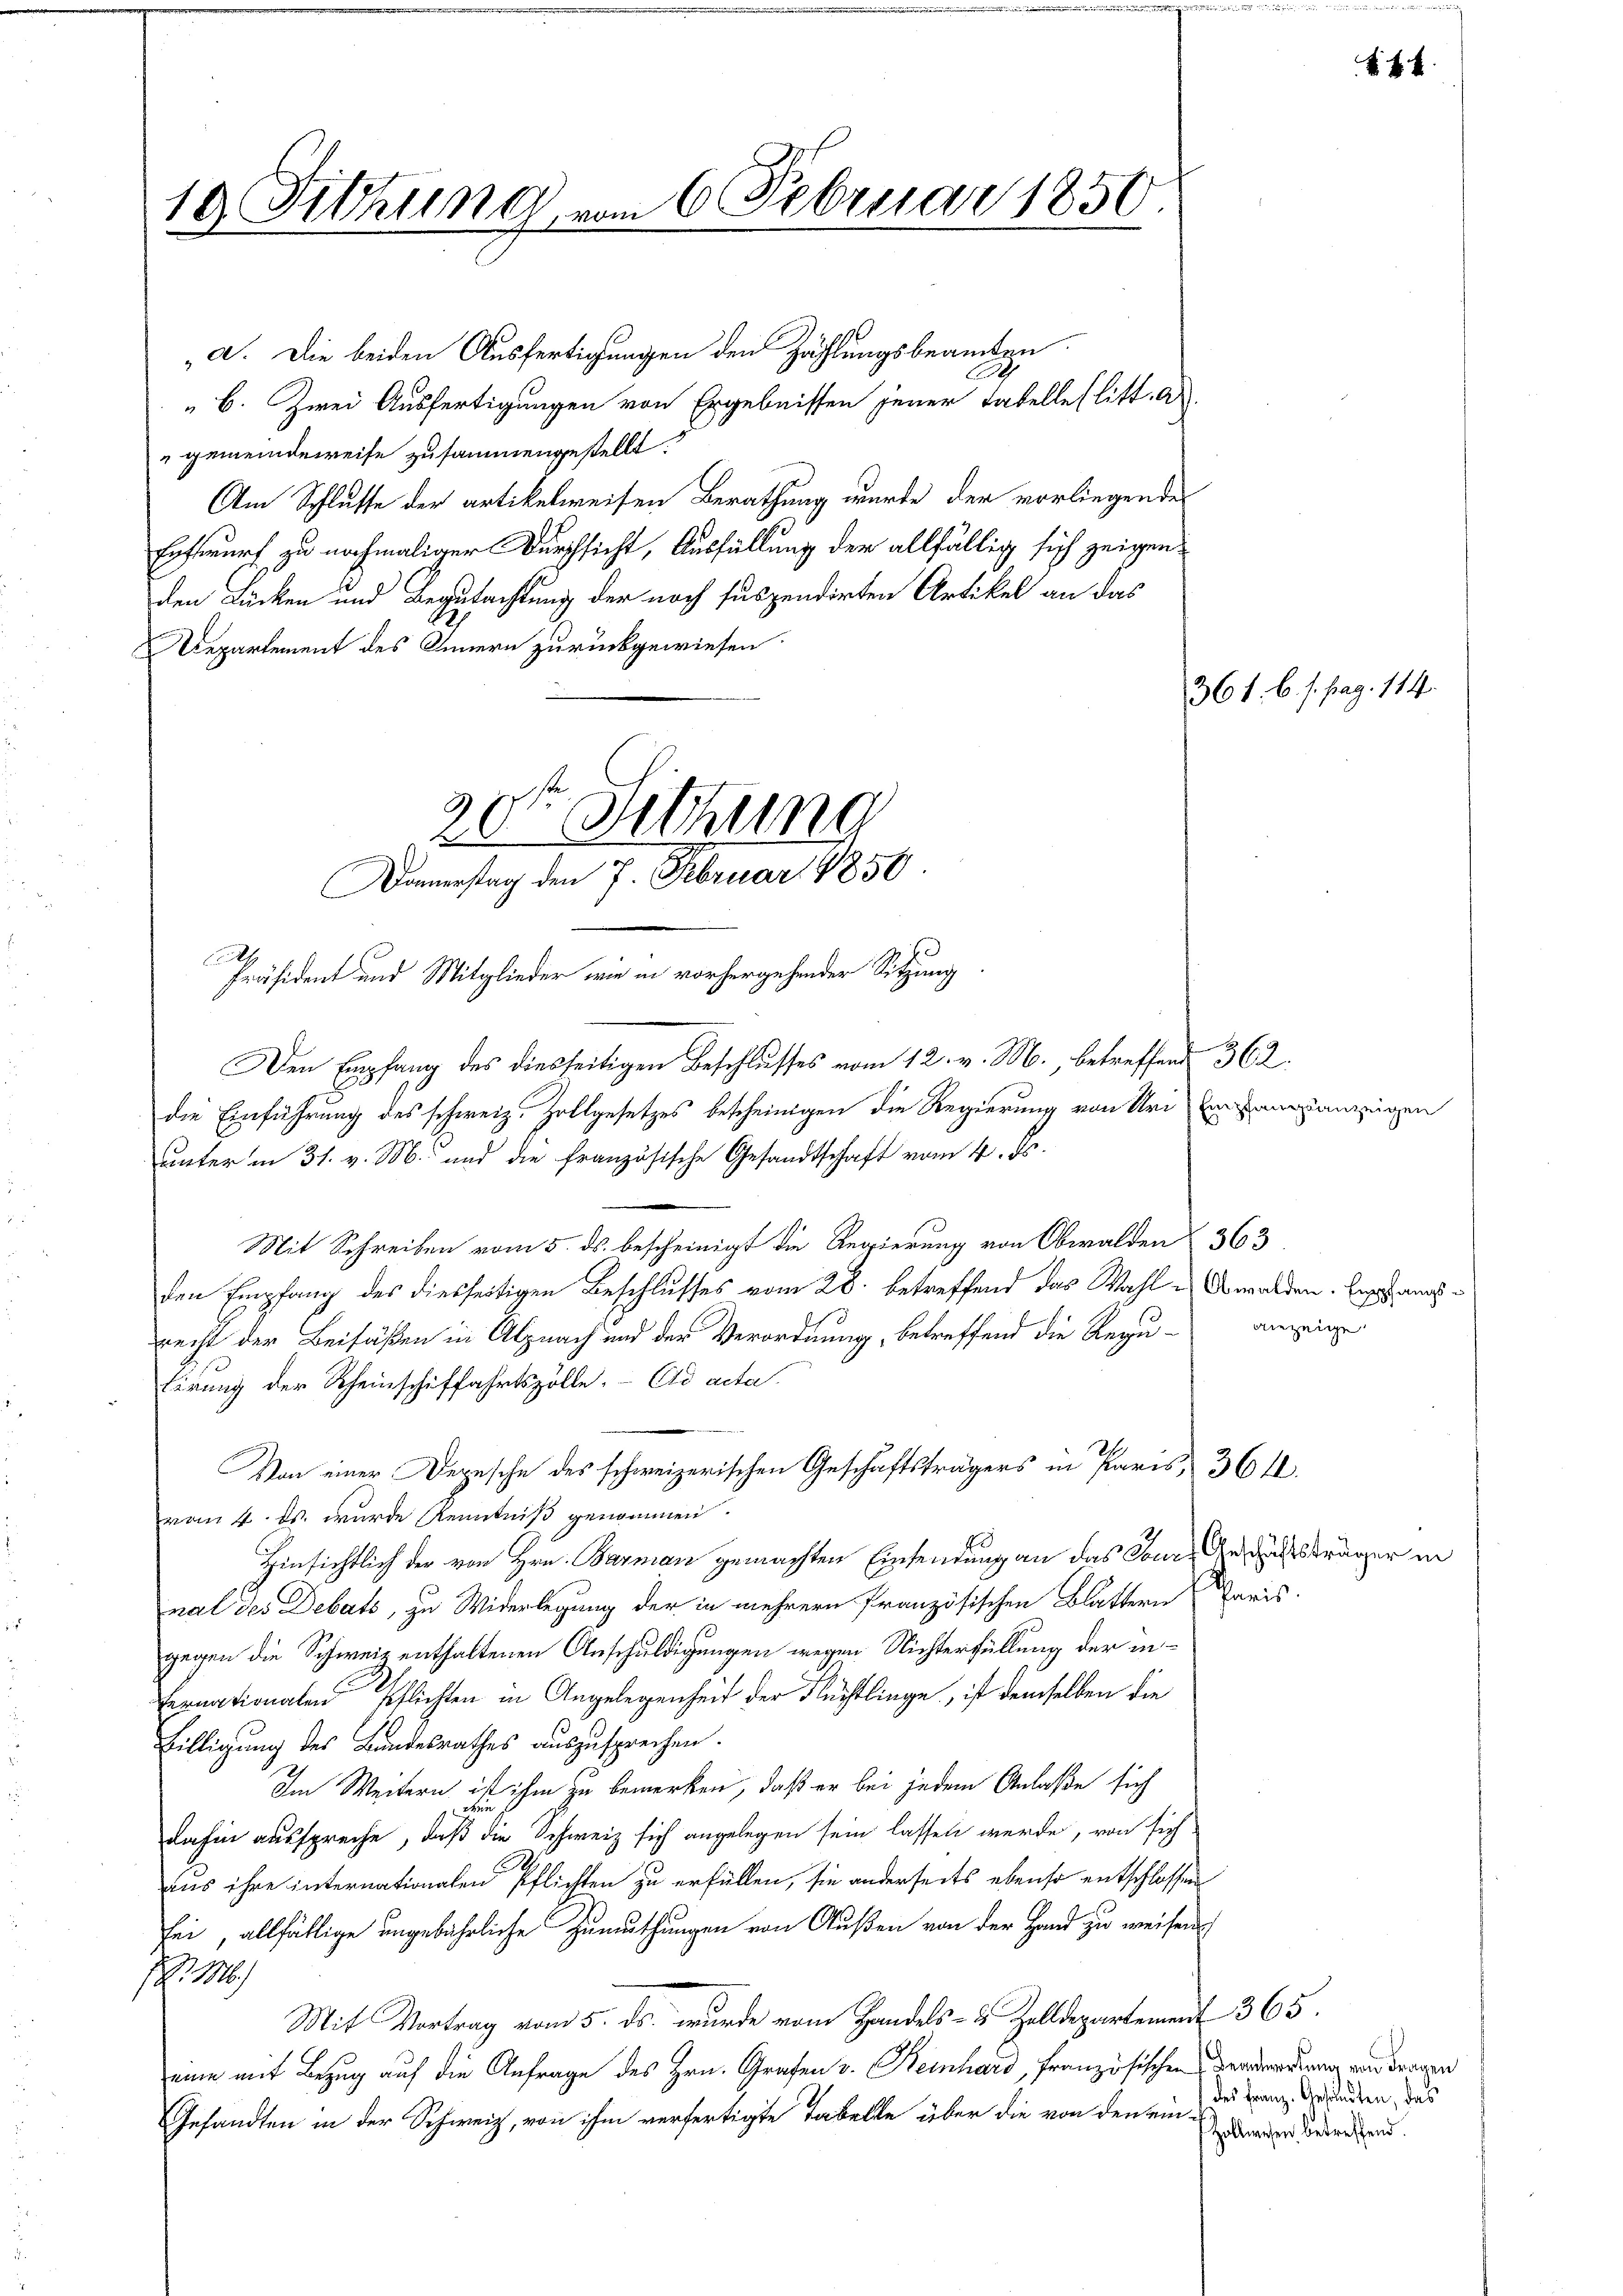
19 Fitzung vom 6. Februar 1850.

20ten Sitzung
Domerstag den 7. Februar 1850.
Präsident und Mitglieder wie in vorhergehender Sitzung

a. Die beiden Ausfertigungen den Zählungsbeamten.
b. Zwei Ausfertigungen von Ergebnissen jener Tabellerlitt. A
gemeindeweise zusammengestellt.
Am Schlusse der artikelweisen Berathung wurde der vorliegendes
Erfwurf zu nochmaliger Durchsicht, Ausfüllung der allfällig sich zeigenden Lücken und Begutachtung der noch suspendirten Artikel an das
Departement des Innern zurückgewiesen.
Den Empfang des diesseitigen Beschlusses vom 12. v. M., betreffend 362.
die Einführung des schweiz. Zollgesetzes bescheinigen die Regierung von Uri Eingangsanzeigen
unter in 31. v. M. und die französische Gesandtschaft vom 4. ds.
Mit Schreiben vom 5. ds. bescheinigt die Regierung von Obwalden
den Empfang des diesseitigen Beschlusses vom 28. betreffend das Wahlrecht der Beifäßen in Alpnach und der Verordnung, betreffend die Reguterung der Rheinschiffahrtszolle. Eid acta
Von einer Depesche des schweizerischen Geschäftsträgers in Paris,
vom 4. ds. wurde Kenntniß genommen.
Hinsichtlich der von Hrn. Barman gemachten Einsendung an das Jour
nal des Debats, zu Widerlegung der in mehrern französischen Blättern
gegen die Schweiz enthaltenen Anschuldigungen wegen Nichterfüllung der in¬
Fernationalen Pflichten in Angelegenheit der Flüchtlinge, ist demselben die
Billigung des Bundesrathes auszusprechen.
Im Weitern ist ihm zu bemerken, daß er bei jedem Anlaße sich
dahin ausspreche, daß die Schweiz sich angelegen sein lassen werde, von sich
aus ihre internationalen Pflichten zu erfüllen, sie anderseits ebenso entschlossen
sei, allfällige angebührliche Zumuthungen von Außen von der Hand zu weiser
s 1/
Mit Vortrag vom 5. ds. wurde vom Handels- & Zolldepartement 365.
eine mit Bezug auf die Anfrage des Hrn. Grafen v. Reinhard, französischen Harderung vortragen
Gesandten in der Schweiz, von ihm verfertigte Tabelle über die von denem anger wiederland.

361. 6. s. pag. 114.

364.

f

363.
Obwalden. Empfangsanzeige.

Geschäftsträger in
Schmeis

s. f. 4

des Franz.-Gesandten, das